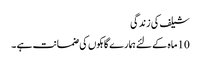
شیلف کی زندگی
10 ماہ کے لئے ہمارے گاہکوں کی ضمانت ہے ۔